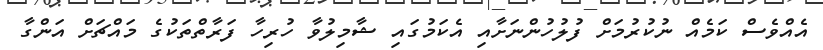
އެއްވެސް ކަމެއް ނުކުރުމަށް ފުލުހުންނަށާއި އެކަމުގައި ޝާމިލުވާ ހުރިހާ ފަރާތްތަކުގެ މައްޗަށް އަންގާ